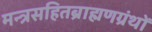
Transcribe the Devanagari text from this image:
मन्त्रसहितब्राह्मणग्रंथों